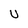
Character: U